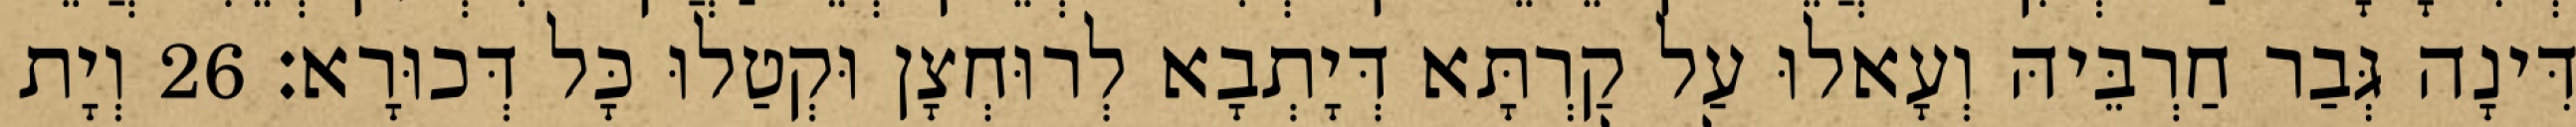
דִּינָה גְּבַר חַרְבֵּיהּ וְעָאלוּ עַל קַרְתָּא דְּיָתְבָא לְרוּחְצָן וּקְטַלוּ כָּל דְּכוּרָא׃ 26 וְיָת